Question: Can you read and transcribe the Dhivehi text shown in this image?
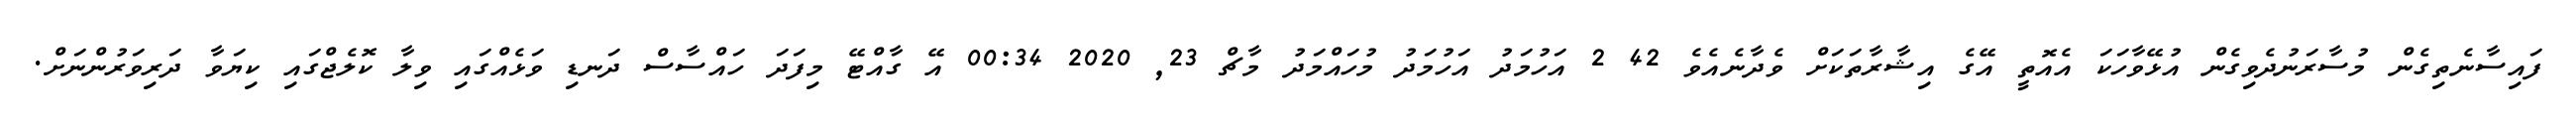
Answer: ފައިސާނެތިގެން މުސާރަނުދެވިގެން އުޅޭވާހަކަ އެއޮތީ އޭގެ އިޝާރާތަކަށް ވެދާނެއެވެ 42 2 އަހުމަދު އަހުމަދު މުހައްމަދު މާޗް 23, 2020 00:34 އޭ ގާއްޓޭ މިފަދަ ހައްސާސް ދަނޑި ވަޅެއްގައި ވިލާ ކޮލެޖްގައި ކިޔަވާ ދަރިވަރުންނަށް.